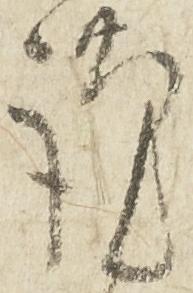
謹